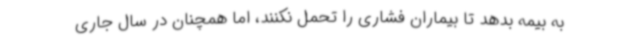
به بیمه بدهد تا بیماران فشاری را تحمل نکنند، اما همچنان در سال جاری